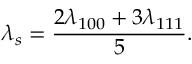
\lambda _ { s } = \frac { 2 \lambda _ { 1 0 0 } + 3 \lambda _ { 1 1 1 } } { 5 } .